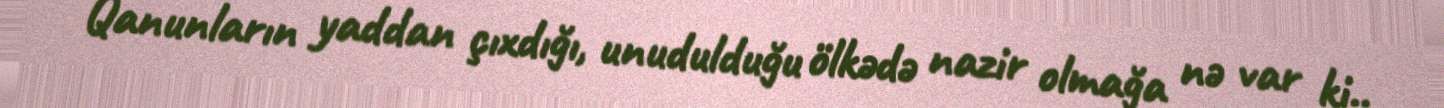
Qanunların yaddan çıxdığı, unudulduğu ölkədə nazir olmağa nə var ki..